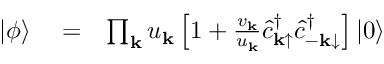
\begin{array} { r l r } { | \phi \rangle } & { { } = } & { \prod _ { { \bf k } } u _ { { \bf k } } \left[ 1 + \frac { v _ { { \bf k } } } { u _ { { \bf k } } } \hat { c } _ { { \bf k } \mathrm { \uparrow } } ^ { \dagger } \hat { c } _ { { \bf - k } \mathrm { \downarrow } } ^ { \dagger } \right] | 0 \rangle } \end{array}